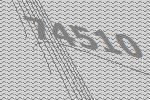
74510